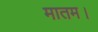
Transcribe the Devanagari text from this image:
मातम।